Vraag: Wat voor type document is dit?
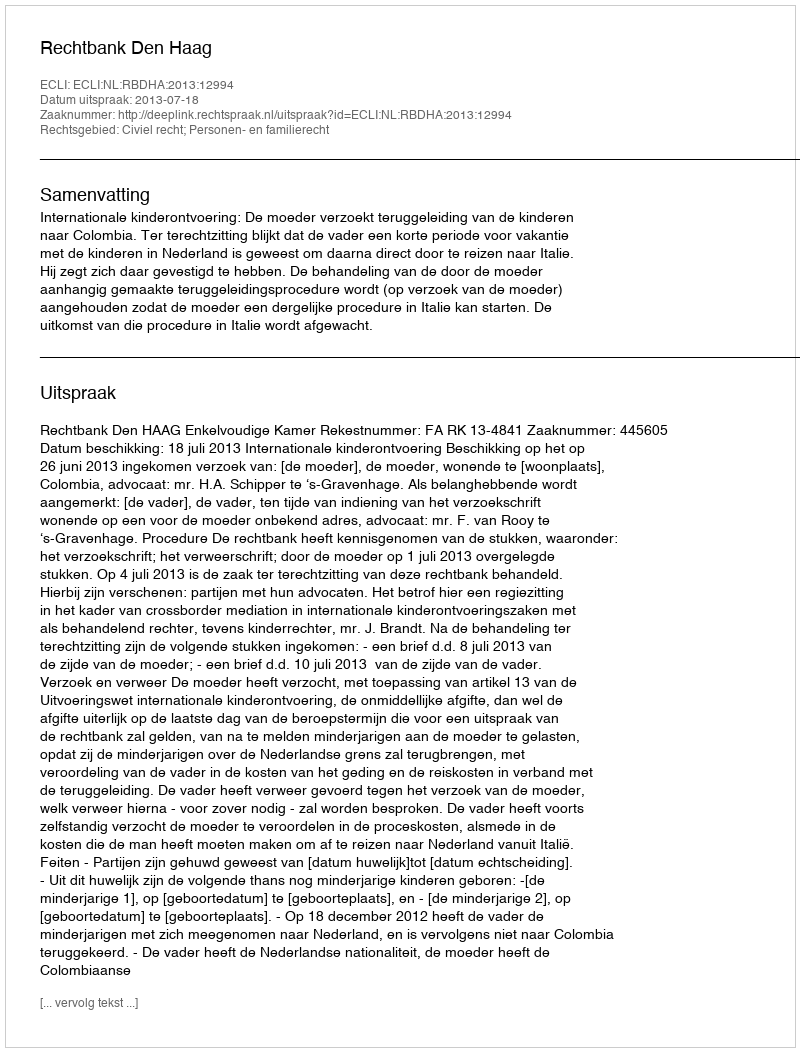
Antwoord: Uitspraak